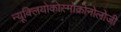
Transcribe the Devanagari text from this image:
न्यूक्लियोकोस्मोक्रोनोलोजी